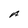
Character: A